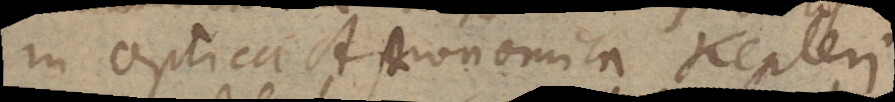
in Optica Astronomica Kepleri